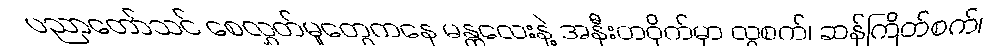
ပညာတော်သင် စေလွှတ်မှုတွေကနေ မန္တလေးနဲ့ အနီးတဝိုက်မှာ လွှစက်၊ ဆန်ကြိတ်စက်၊